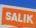
salik